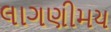
લાગણીમય